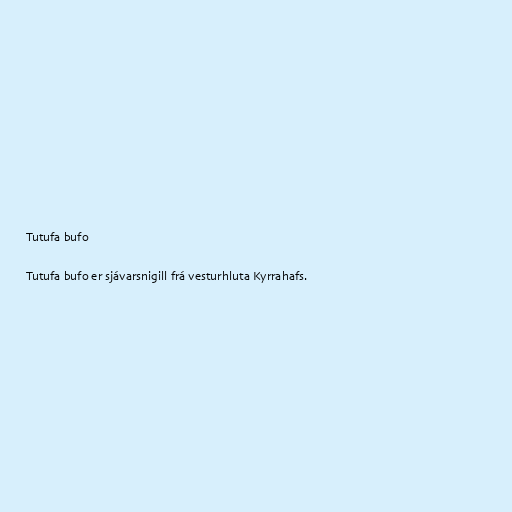
Tutufa bufo

Tutufa bufo er sjávarsnigill frá vesturhluta Kyrrahafs.